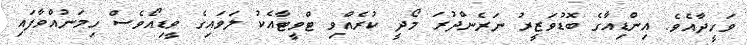
ވަހީދާއެވެ. އިންޑިއާގެ ބޮޑުވަޒީރު ނަރެންދުރަ މޯދީ ކުރެއްވި ޓްވީޓާއެކު ލަވައިގެ ވީޑިއޯވެސް ހިމަނުއްވާފައި